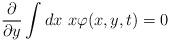
LaTeX: \begin{align*}\frac{\partial}{\partial y}\int dx \ x\varphi(x,y,t)=0\end{align*}